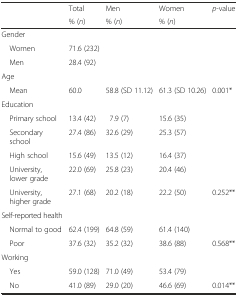
<table><thead><tr><td></td><td><b>Total</b></td><td><b>Men</b></td><td><b>Women</b></td><td><b><i>p</i>-value</b></td></tr><tr><td></td><td><b>% (<i>n</i>)</b></td><td><b>% (<i>n</i>)</b></td><td><b>% (<i>n</i>)</b></td><td></td></tr></thead><tbody><tr><td>Gender</td><td></td><td></td><td></td><td></td></tr><tr><td> Women</td><td>71.6 (232)</td><td></td><td></td><td></td></tr><tr><td> Men</td><td>28.4 (92)</td><td></td><td></td><td></td></tr><tr><td>Age</td><td></td><td></td><td></td><td></td></tr><tr><td> Mean</td><td>60.0</td><td>58.8 (SD 11.12)</td><td>61.3 (SD 10.26)</td><td>0.001*</td></tr><tr><td>Education</td><td></td><td></td><td></td><td></td></tr><tr><td> Primary school</td><td>13.4 (42)</td><td>7.9 (7)</td><td>15.6 (35)</td><td></td></tr><tr><td> Secondary school</td><td>27.4 (86)</td><td>32.6 (29)</td><td>25.3 (57)</td><td></td></tr><tr><td> High school</td><td>15.6 (49)</td><td>13.5 (12)</td><td>16.4 (37)</td><td></td></tr><tr><td> University, lower grade</td><td>22.0 (69)</td><td>25.8 (23)</td><td>20.4 (46)</td><td></td></tr><tr><td> University, higher grade</td><td>27.1 (68)</td><td>20.2 (18)</td><td>22.2 (50)</td><td>0.252**</td></tr><tr><td>Self-reported health</td><td></td><td></td><td></td><td></td></tr><tr><td> Normal to good</td><td>62.4 (199)</td><td>64.8 (59)</td><td>61.4 (140)</td><td></td></tr><tr><td> Poor</td><td>37.6 (32)</td><td>35.2 (32)</td><td>38.6 (88)</td><td>0.568**</td></tr><tr><td>Working</td><td></td><td></td><td></td><td></td></tr><tr><td> Yes</td><td>59.0 (128)</td><td>71.0 (49)</td><td>53.4 (79)</td><td></td></tr><tr><td> No</td><td>41.0 (89)</td><td>29.0 (20)</td><td>46.6 (69)</td><td>0.014**</td></tr></tbody></table>